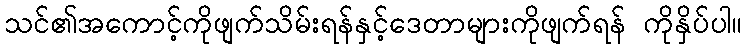
သင်၏အကောင့်ကိုဖျက်သိမ်းရန်နှင့်ဒေတာများကိုဖျက်ရန် ကိုနှိပ်ပါ။